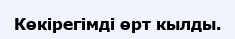
Көкірегімді өрт кылды.